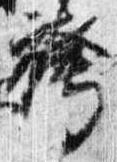
袴